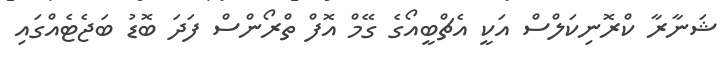
ޝަނާރާ ކްރޮނިކަލްސް އަކީ އެޗްބީއޯގެ ގޭމް އޮފް ތްރޯންސް ފަދަ ބޮޑު ބަޖެޓެއްގައި